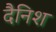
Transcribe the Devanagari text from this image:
दैनिश